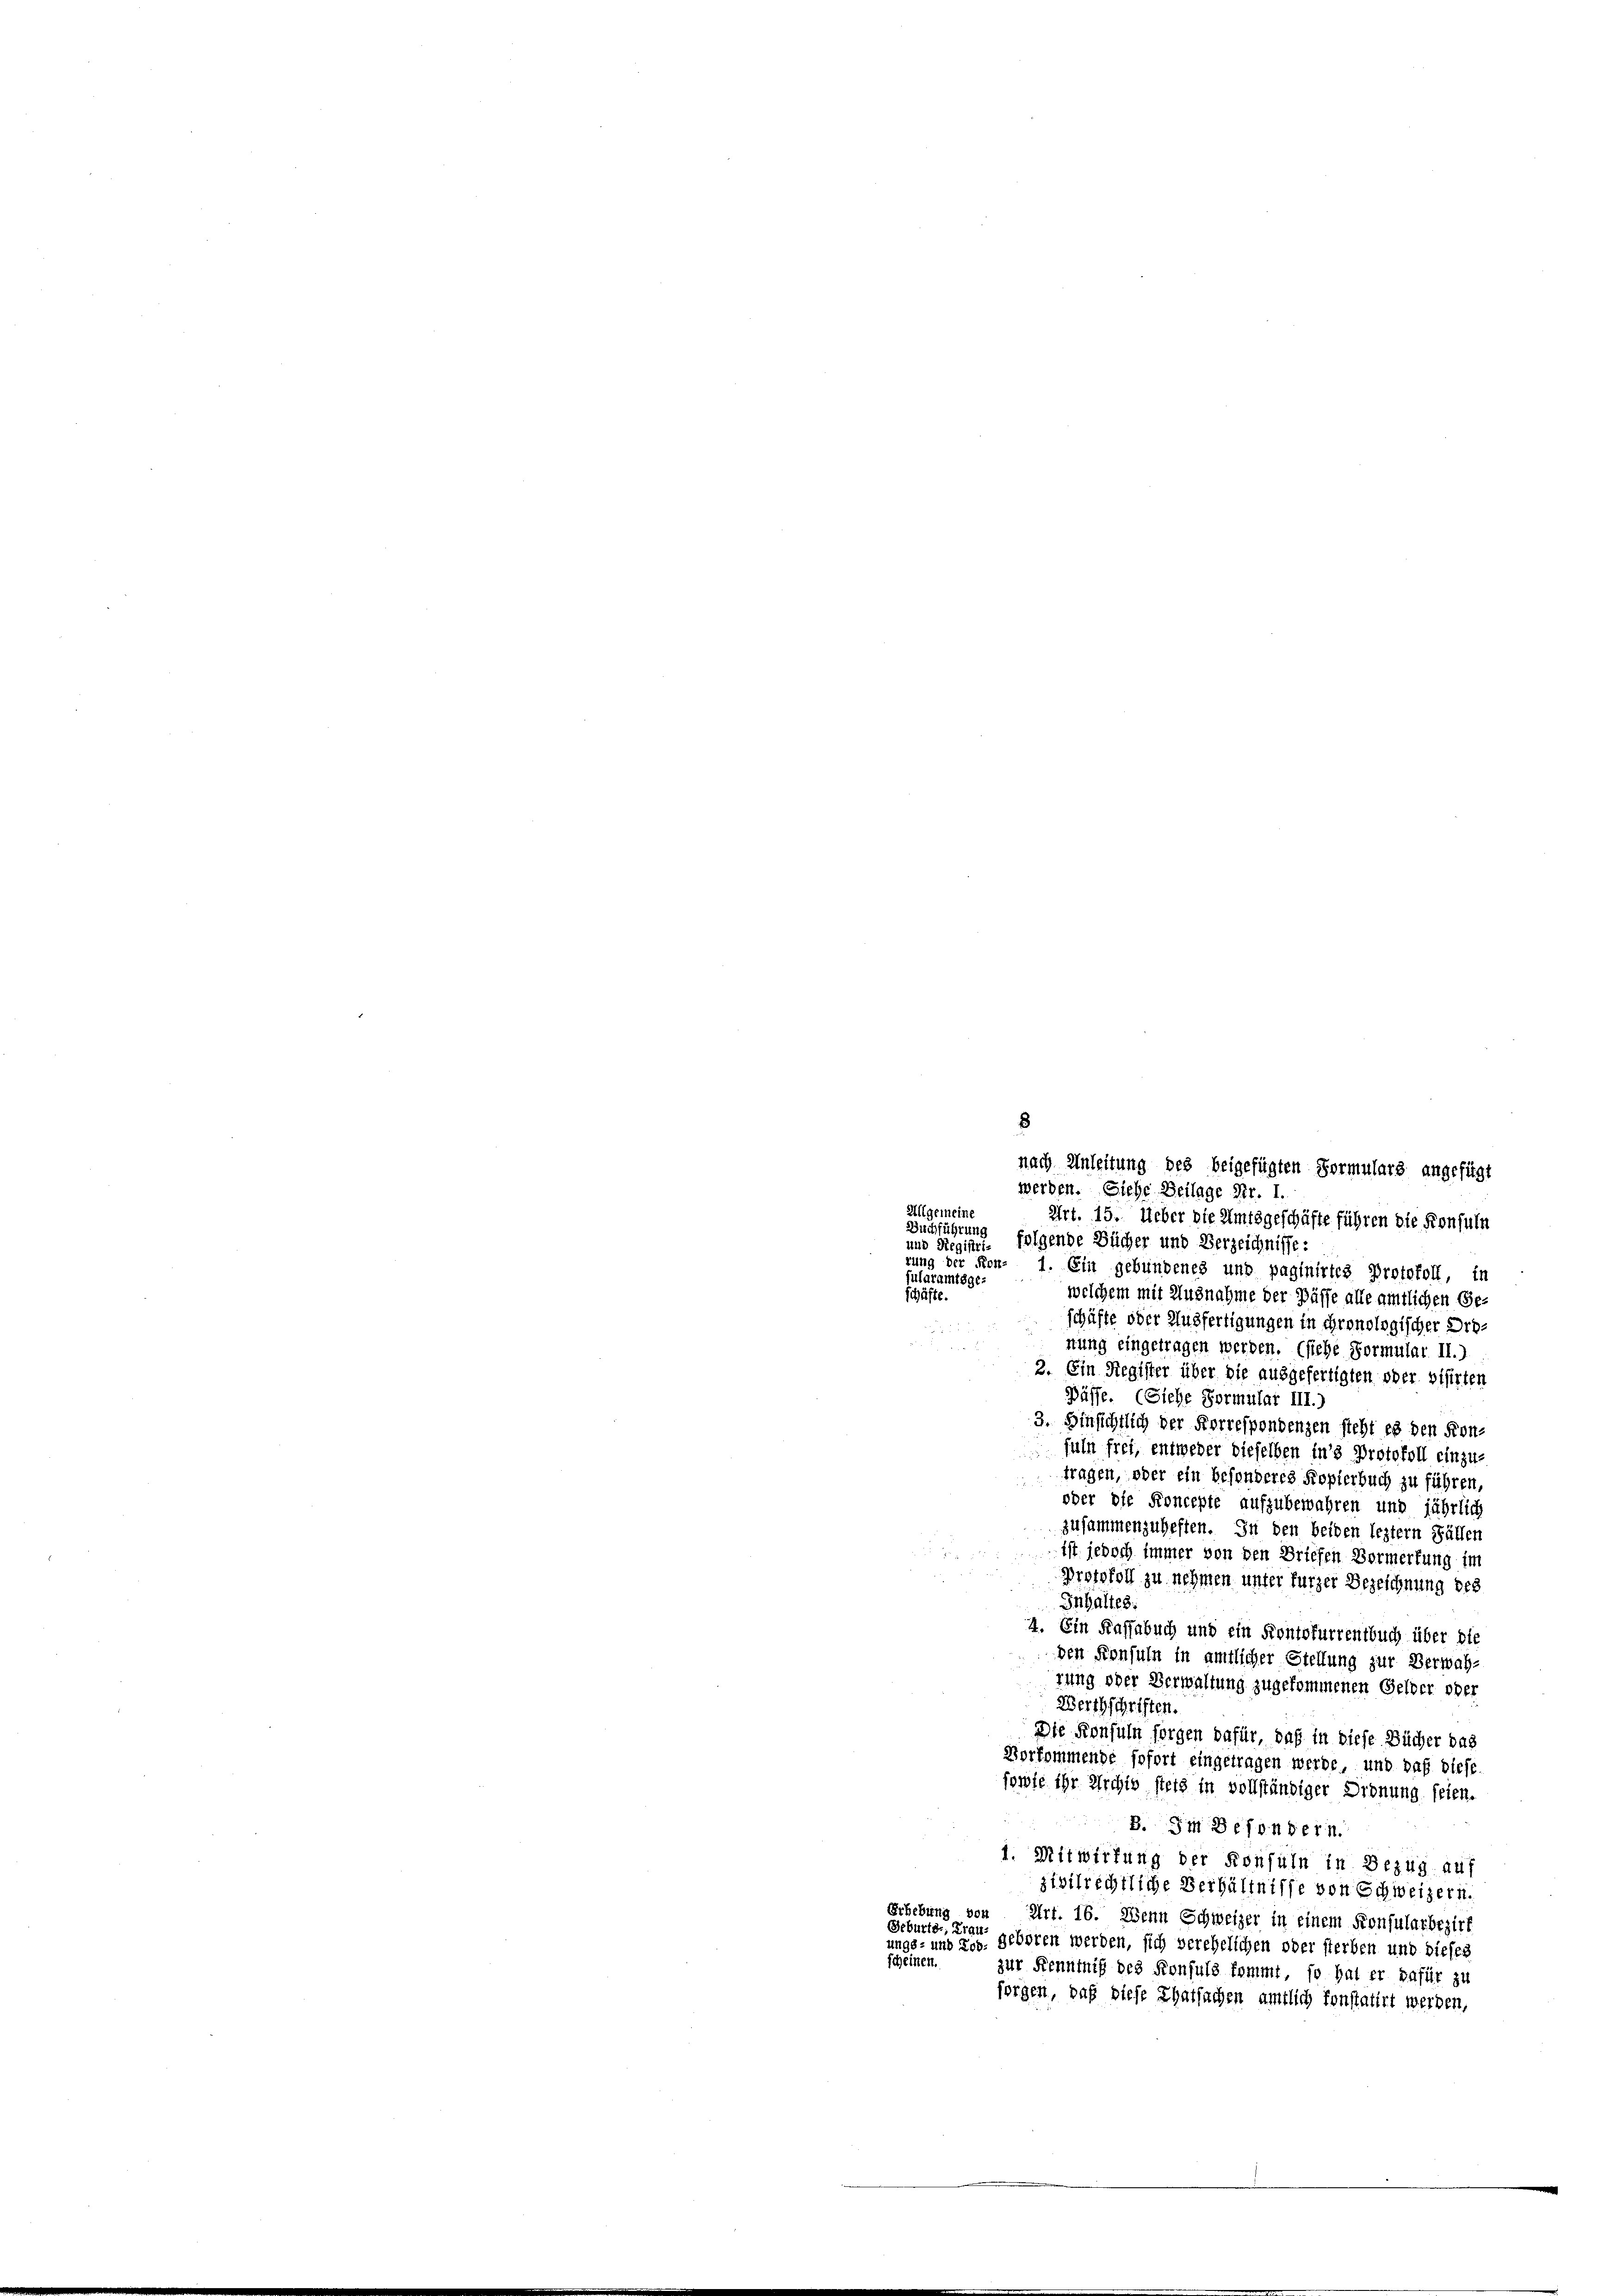
8
Allgemeine
Art. 15. Ueber die Amtsgeschäfte führen die Konfuln
Buchführung
und Registrie folgende Bücher und Verzeichnisse:
rung der Kon- 1. Ein gebundenes und paginirtes Protokoll, in
fularamtsge-
schäfte.
welchem mit Ausnahme der Pässe alle amtlichen Geschäfte oder Ausfertigungen in chronologischer Droi
stung eingetragen werden. (siehe Formular II.)
2. Ein Register über die ausgefertigten oder visirten
Büsse. (Siehe Formular III.)
3. Hinsichtlich der Forrespondenzen steht es den Kon-
fuln frei, entweder dieselben in’s Protokoll einzu-
tragen, oder ein besonderes Kopierbuch zu führen,
oder die Koncepte aufzubewahren und jährlich
zusammenzuheften. In den beiden leztern Fällen
ist jedoch immer von den Briefen Vormerfung im
Protokoll zu nehmen unter fürzer Bezeichnung des
Inhaltes:
4. Ein Kassabuch und ein Kontofurrentbuch über die
den Konsuln in amtlicher Stellung zur Verwahrung oder Verwaltung zugekommenen Gelder oder
Werthschriften.
Die Konsuln sorgen dafür, daß in diese Bücher das
Vorkommende sofort eingetragen werde, und daß diese
sowie ihr Archiv stets in vollständiger Ordnung seien.
8. Im Besondern.
1. Mitwirkung der Konsuln in Bezug auf
zivilrechtliche Verhältnisse von Schweizern.
Erhebung von Art. 16. Wenn Schweizer in einem Konsularbezirk
Geburter, Frau
ungs- und Los. geboren werden, sich verehelichen oder sterben und dieses
scheinen.
zur Kenntniß des Konsuls kommt, so hat er dafür zu
forgen, daß diese Thatsachen amtlich konstatirt werden,

nach Anleitung des beigefügten Vormulars angefügt
werden. Siehe Beilage Nr. 1.